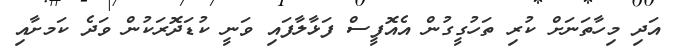
އަދި މިހާތަނަށް ކުރި ތަހުގީގުން އެއޮފީސް ފަޅާލާފައި ވަނީ ކުޑަދޮރަކުން ވަދެ ކަަމށާއި